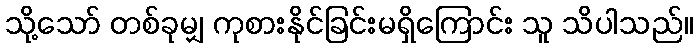
သို့သော် တစ်ခုမျှ ကုစားနိုင်ခြင်းမရှိကြောင်း သူ သိပါသည်။